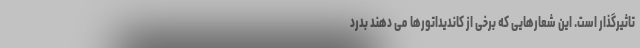
تاثیرگذار است. این شعارهایی که برخی از کاندیداتورها می دهند بدرد